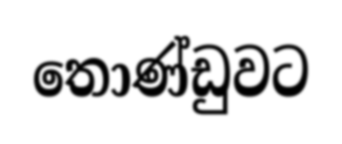
තොණ්ඩුවට